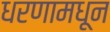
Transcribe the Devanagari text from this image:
धरणामधून